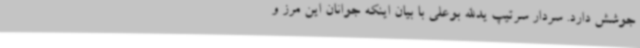
جوشش دارد. سردار سرتیپ یدالله بوعلی با بیان اینکه جوانان این مرز و